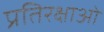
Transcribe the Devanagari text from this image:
प्रतिरक्षाओं